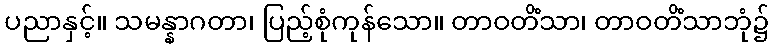
ပညာနှင့်။ သမန္နာဂတာ၊ ပြည့်စုံကုန်သော။ တာဝတိံသာ၊ တာဝတိံသာဘုံ၌